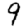
Digit: 9